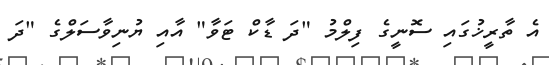
އެ ތާރީޚުގައި ސޮނީގެ ފިލްމު "ދަ ޑާކް ޓަވާ" އާއި ޔުނިވާސަލްގެ "ދަ